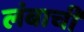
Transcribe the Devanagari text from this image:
लंबाची